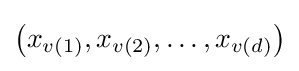
\left(x_{v(1)},x_{v(2)},\ldots ,x_{v(d)}\right)